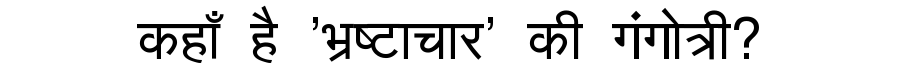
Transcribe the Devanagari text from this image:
कहाँ है 'भ्रष्टाचार' की गंगोत्री?